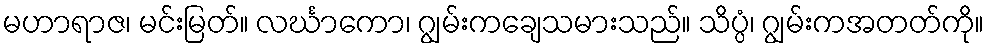
မဟာရာဇ၊ မင်းမြတ်။ လင်္ဃာကော၊ ဂျွမ်းကချေသမားသည်။ သိပ္ပံ၊ ဂျွမ်းကအတတ်ကို။